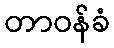
တာဝန်ခံ